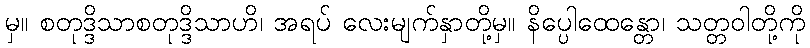
မှ။ စတုဒ္ဒိသာစတုဒ္ဒိသာဟိ၊ အရပ် လေးမျက်နှာတို့မှ။ နိပ္ပေါထေန္တော၊ သတ္တဝါတို့ကို